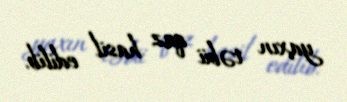
yaxın təbii qaz hasil edilib.